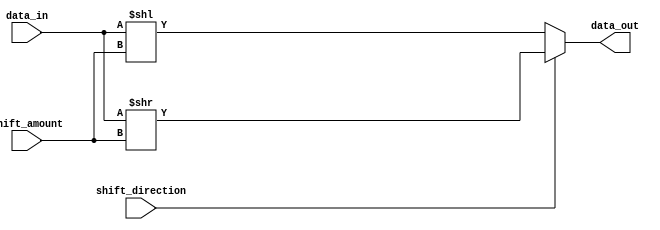
module barrel_shifter (
  input wire [7:0] data_in, // input data
  input wire [2:0] shift_amount, // amount to shift by
  input wire shift_direction, // direction of shift (0 = left, 1 = right)
  output reg [7:0] data_out // output data
);

  always @* begin
    if (shift_direction == 0) begin // left shift
      data_out = data_in << shift_amount;
    end else begin // right shift
      data_out = data_in >> shift_amount;
    end
  end

endmodule